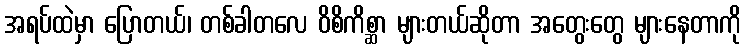
အရပ်ထဲမှာ ပြောတယ်၊ တစ်ခါတလေ ဝိစိကိစ္ဆာ များတယ်ဆိုတာ အတွေးတွေ များနေတာကို